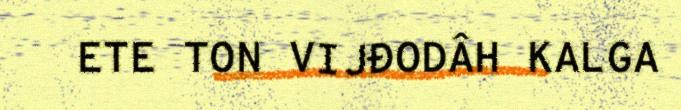
ETE TON VIJĐODÂH KALGA